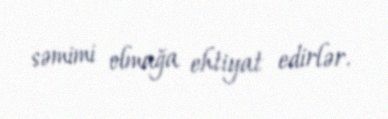
səmimi olmağa ehtiyat edirlər.